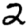
Digit: 2